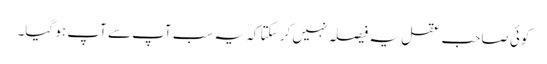
کوئی صاحبِ عقل یہ فیصلہ نہیں کر سکتا کہ یہ سب آپ سے آپ ہو گیا۔